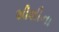
શીશીના